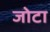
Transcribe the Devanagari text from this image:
जोटा